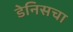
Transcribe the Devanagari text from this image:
डेनिसचा